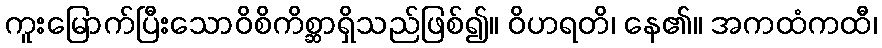
ကူးမြောက်ပြီးသောဝိစိကိစ္ဆာရှိသည်ဖြစ်၍။ ဝိဟရတိ၊ နေ၏။ အကထံကထီ၊